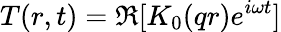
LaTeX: T(r,t)=\Re{[K_{0}(qr)e^{i\omega t}]}